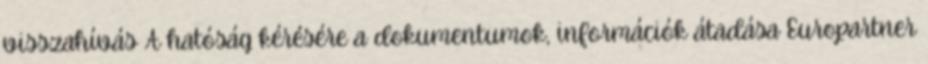
visszahívás A hatóság kérésére a dokumentumok, információk átadása Europartner